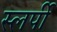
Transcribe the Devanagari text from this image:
स्लर्पी